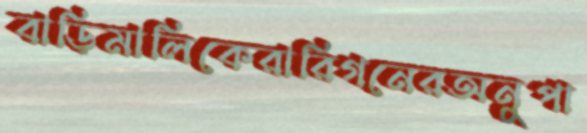
বাড়িমালিকেরারিগনেরঅনুপা